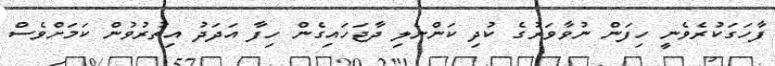
ފާހަގަކުރެވެނީ ހިފަން ނުވާވަރުގެ ކުދި ކަންނެލި ދާޖަހައިގެން ހިފާ އަދަދު އިތުރުވުން ކަމަށްވެސް